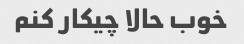
خوب حالا چیکار کنم